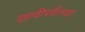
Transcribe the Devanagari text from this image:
दहावीपर्यंतच्या